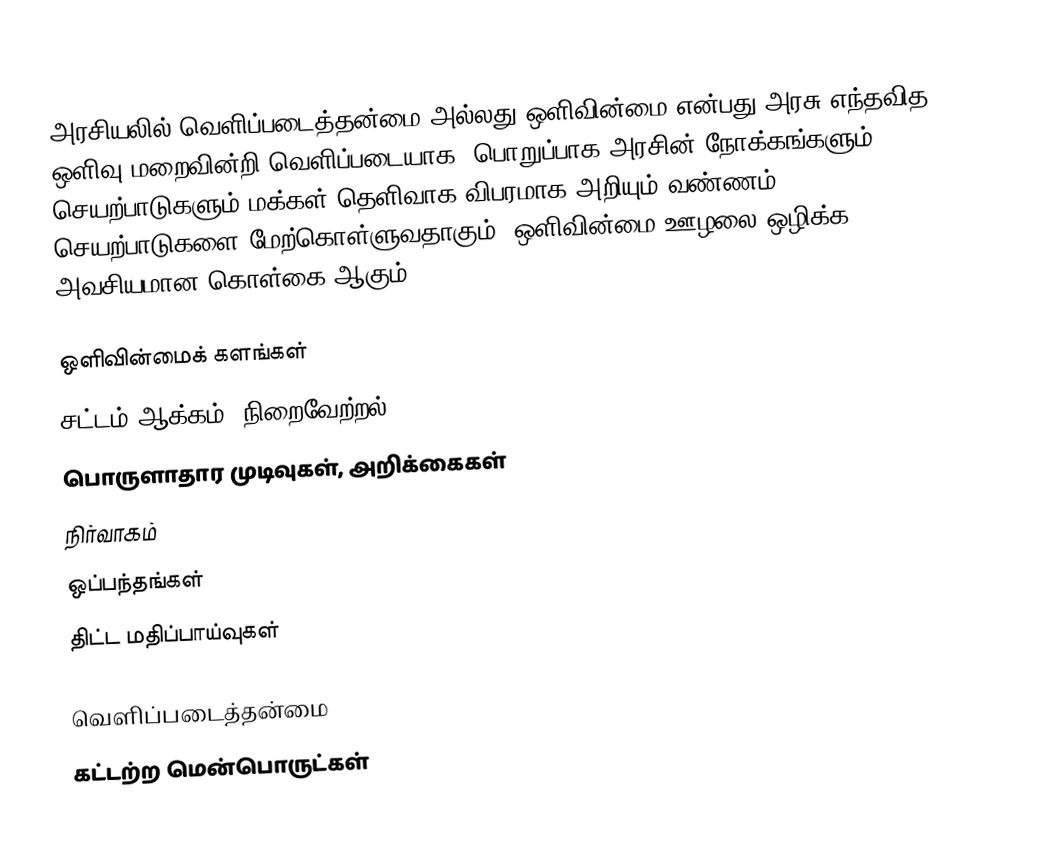
அரசியலில் வெளிப்படைத்தன்மை அல்லது ஒளிவின்மை என்பது அரசு எந்தவித ஒளிவு மறைவின்றி வெளிப்படையாக, பொறுப்பாக அரசின் நோக்கங்களும் செயற்பாடுகளும் மக்கள் தெளிவாக விபரமாக அறியும் வண்ணம் செயற்பாடுகளை மேற்கொள்ளுவதாகும்.  ஒளிவின்மை ஊழலை ஒழிக்க அவசியமான கொள்கை ஆகும்.

ஒளிவின்மைக் களங்கள்
 சட்டம் ஆக்கம், நிறைவேற்றல்
 பொருளாதார முடிவுகள், அறிக்கைகள்
 நிர்வாகம்
 ஒப்பந்தங்கள்
 திட்ட மதிப்பாய்வுகள்

வெளிப்படைத்தன்மை
கட்டற்ற மென்பொருட்கள்